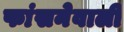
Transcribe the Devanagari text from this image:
फांसनेवाली